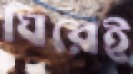
ঘিরেই